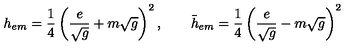
h _ { e m } = { \frac { 1 } { 4 } } \left( { \frac { e } { \sqrt { g } } } + m \sqrt { g } \right) ^ { 2 } , \qquad \bar { h } _ { e m } = { \frac { 1 } { 4 } } \left( { \frac { e } { \sqrt { g } } } - m \sqrt { g } \right) ^ { 2 }